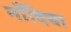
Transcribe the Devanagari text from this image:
नाँदिया